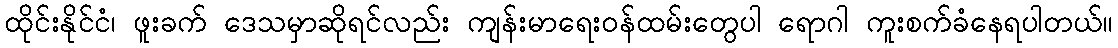
ထိုင်းနိုင်ငံ၊ ဖူးခက် ဒေသမှာဆိုရင်လည်း ကျန်းမာရေးဝန်ထမ်းတွေပါ ရောဂါ ကူးစက်ခံနေရပါတယ်။